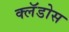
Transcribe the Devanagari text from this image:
क्लॅडोस